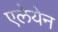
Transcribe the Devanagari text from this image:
एलेयेन